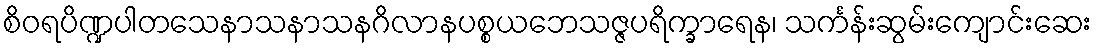
စိဝရပိဏ္ဍပါတသေနာသနာသနဂိလာနပစ္စယဘေသဇ္ဇပရိက္ခာရေန၊ သင်္ကန်းဆွမ်းကျောင်းဆေး